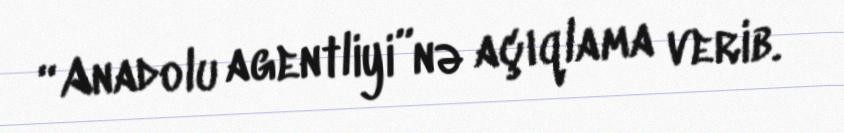
“Anadolu agentliyi”nə açıqlama verib.